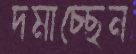
দমাচ্ছেন